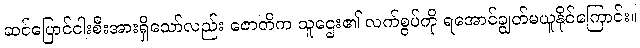
ဆင်ပြောင်ငါးစီးအားရှိသော်လည်း ဇောတိက သူဌေး၏ လက်စွပ်ကို ရအောင်ချွတ်မယူနိုင်ကြောင်း။